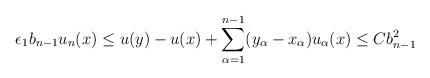
LaTeX: \begin{align*}\epsilon_1 b_{n-1} u_n (x) \leq u(y) - u(x) + \sum_{\alpha = 1}^{n-1} (y_\alpha - x_\alpha) u_\alpha (x) \leq C b_{n-1}^2\end{align*}